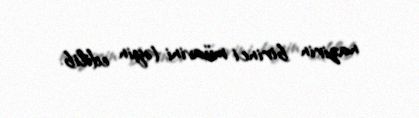
nazirin birinci müavini təyin edilib.